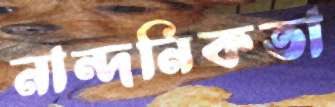
নান্দনিকতা